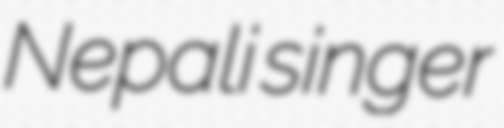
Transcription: Nepali singer